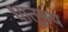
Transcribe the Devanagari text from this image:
धातूरुप